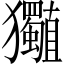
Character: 𤣡